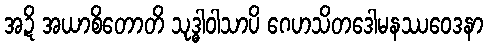
အဍိ အယာစိတောတိ သုဒ္ဓါဝါသာပိ ဂေဟသိတဒေါမနဿဝေဒနာ